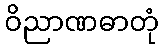
ဝိညာဏဓာတုံ